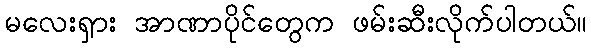
မလေးရှား အာဏာပိုင်တွေက ဖမ်းဆီးလိုက်ပါတယ်။